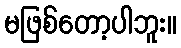
မဖြစ်တော့ပါဘူး။